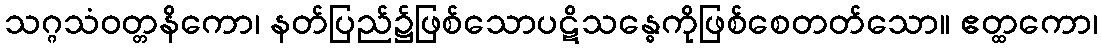
သဂ္ဂသံဝတ္တနိကော၊ နတ်ပြည်၌ဖြစ်သောပဋိသန္ဓေကိုဖြစ်စေတတ်သော။ ဧတ္ထကော၊